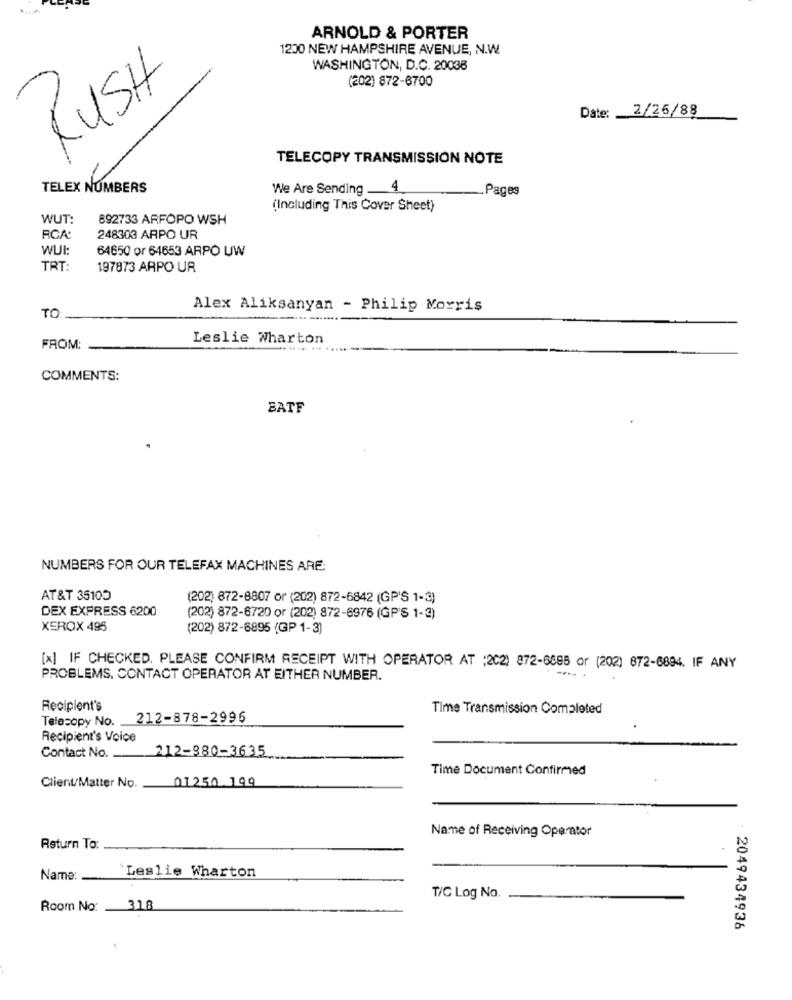
ARNOLD & PORTER
1200 NEW HAMPSHIRE AVENUE, N.W.
WASHINGTON, D.C. 20036
RUSH
(202) 872-6700
2/26/88
Date:
TELECOPY TRANSMISSION NOTE
TELEX NUMBERS
We Are Sending .
4
Pages
(Including This Cover Sheet)
WUT:
892733 ARFOPO WSH
RCA:
248303 ARPO UR
WUL:
64650 or 64653 ARPO UW
TRT
197873 ARPO UR
Alex Aliksanyan - Philip Morris
TO
Leslie Wharton
FROM:
COMMENTS:
BATF
NUMBERS FOR OUR TELEFAX MACHINES ARE:
AT &T 35100
(202) 872-8807 or (202) 872-6842 (GP'S 1-3)
DEX EXPRESS 6200
(202) 872-6720 or (202) 872-6976 (GP'S 1-2)
XEROX 495
(202) 872-6895 (GP 1-3)
[x] IF CHECKED. PLEASE CONFIRM RECEIPT WITH OPERATOR AT :202) 872-6685 or (202) 872-6894. IF ANY
PROBLEMS. CONTACT OPERATOR AT EITHER NUMBER.
Recipient's
Time Transmission Completed
Telecopy No. 212-878-2996
Recipient's Voice
Contact No.
212-880-3635
Time Document Confirmed
Client/Matter No.
01250 199
Name of Receiving Operator
Return To:
Name:
`Leslie Wharton
T/C Log No.
Room No:
318
2049434936